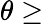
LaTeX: \theta\geq